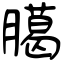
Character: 臈